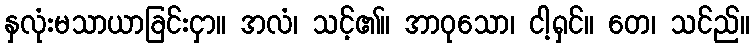
နှလုံးမသာယာခြင်းငှာ။ အလံ၊ သင့်၏။ အာဝုသော၊ ငါ့ရှင်။ တေ၊ သင်ည်။